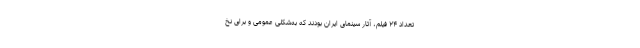
تعداد ۲۴ فیلم، آثار سینمای ایران بودند که به‌شکلی عمومی و برای نخ